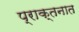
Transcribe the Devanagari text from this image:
प्राक्तनात